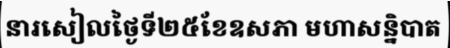
នារសៀលថ្ងៃទី២៥ខែឧសភា មហាសន្និបាត